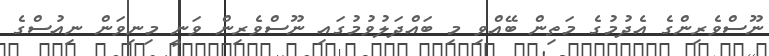
ނޫސްވެރިންގެ އެދުމުގެ މަތިން ބޭއްވި މި ބައްދަލުވުމުގައި ނޫސްވެރިން ވަނީ މިނިވަން ނިއުސްގެ